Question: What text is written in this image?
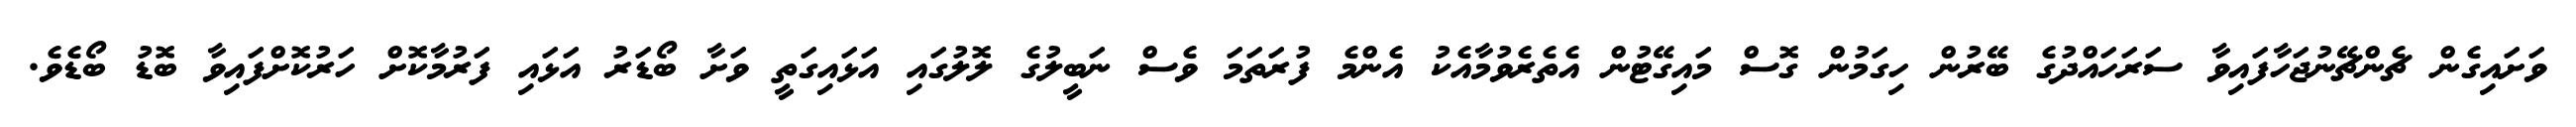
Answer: ވަށައިގެން ޗެންޗޭނުޖަހާފައިވާ ސަރަހައްދުގެ ބޭރުން ހިގަމުން ގޮސް މައިގޭޓުން އެތެރެވުމާއެކު އެންމެ ފުރަތަމަ ވެސް ނަބީލުގެ ލޮލުގައި އަޅައިގަތީ ވަށާ ބޯޑަރު އަޅައި ފަރުމާކޮށް ހަރުކޮށްފައިވާ ބޮޑު ބޯޑެވެ.